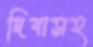
দিবাসহ